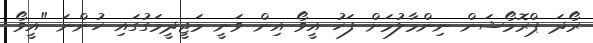
ރޯދަ ޕްރޮމޯޝަން ނިންމާލުމަށް ފަހު އީވޯ އިން ވަނީ މަޖީދީމަގުގައި ހުންނަ "އީވޯ